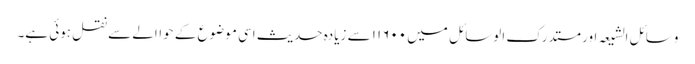
وسائل الشیعہ اور مستدرک الوسائل میں ۱۱۶۰۰ سے زیادہ حدیث اسی موضوع کے حواالے سے نقل ہوئی ہے۔